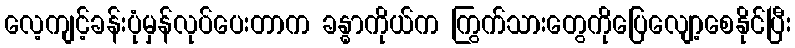
လေ့ကျင့်ခန်းပုံမှန်လုပ်ပေးတာက ခန္ဓာကိုယ်က ကြွက်သားတွေကိုပြေလျော့စေနိုင်ပြီး